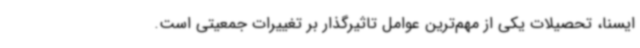
ایسنا، تحصیلات یکی از مهم‌ترین عوامل تاثیرگذار بر تغییرات جمعیتی است.